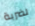
لضربة